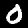
Digit: 0